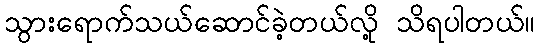
သွားရောက်သယ်ဆောင်ခဲ့တယ်လို့ သိရပါတယ်။